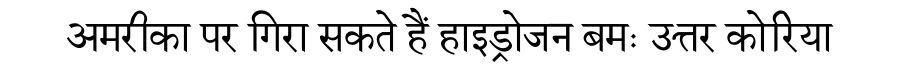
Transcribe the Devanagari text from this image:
अमरीका पर गिरा सकते हैं हाइड्रोजन बमः उत्तर कोरिया